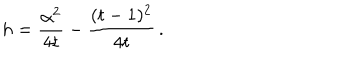
h = { \frac { \alpha ^ { 2 } } { 4 t } } - { \frac { ( t - 1 ) ^ { 2 } } { 4 t } } \, .